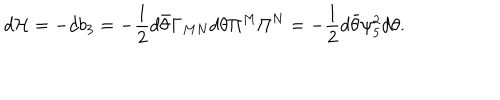
d { \cal H } = - d b _ { 3 } = - { \frac { 1 } { 2 } } d \bar { \theta } \Gamma _ { M N } d \theta \Pi ^ { M } \Pi ^ { N } = - { \frac { 1 } { 2 } } d \bar { \theta } \psi _ { 5 } ^ { 2 } d \theta .